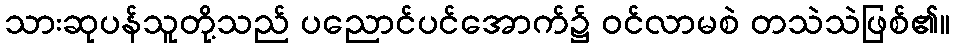
သားဆုပန်သူတို့သည် ပညောင်ပင်အောက်၌ ဝင်လာမစဲ တသဲသဲဖြစ်၏။